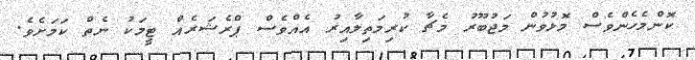
ކޮންމެހެންވެސް މޮޅުވުން މަޖުބޫރު މެޗާ ކުރިމަތިލާއިރު އެއްވެސް ޕްރެޝަރެއް ޓީމަކު ނެތް ކަމަށެވެ.